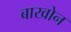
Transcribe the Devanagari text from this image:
बाखोन